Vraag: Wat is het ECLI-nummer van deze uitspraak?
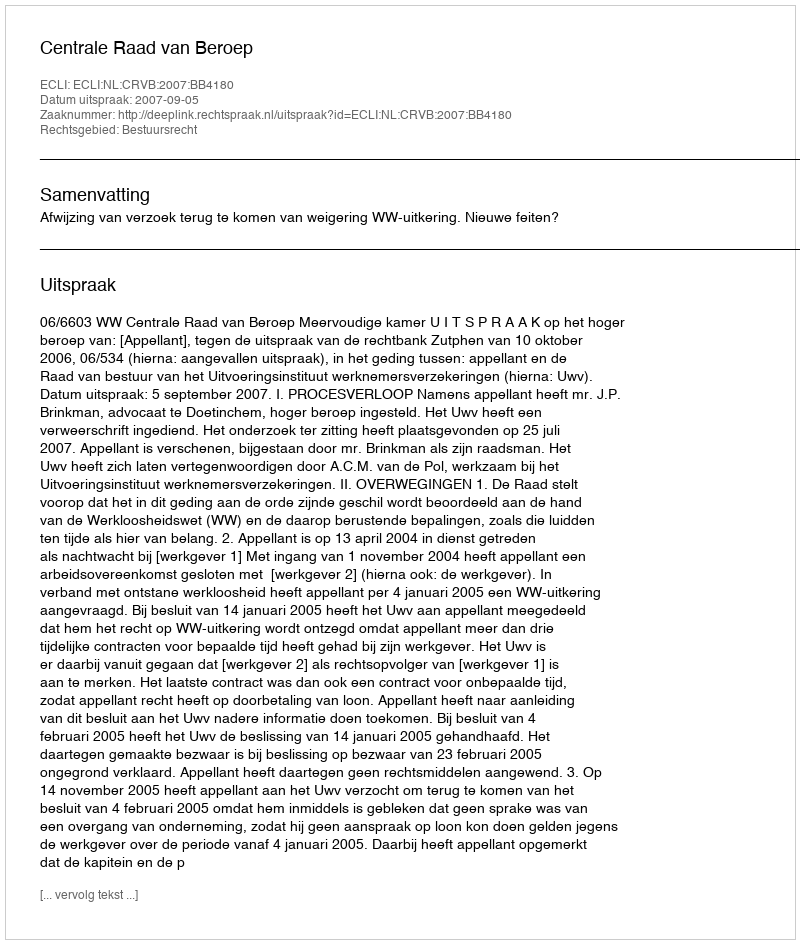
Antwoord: ECLI:NL:CRVB:2007:BB4180